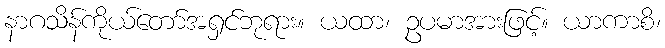
နာဂသိန်ကိုယ်တော်အရှင်ဘုရား။ ယထာ၊ ဥပမာအားဖြင့်။ ယာကာစိ၊